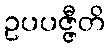
ဥပပဇ္ဇီတိ